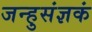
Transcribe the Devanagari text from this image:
जन्हुसंज्ञकं